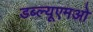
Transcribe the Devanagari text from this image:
डब्ल्यूएमओ